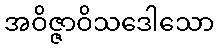
အဝိဇ္ဇာဝိသဒေါသော